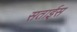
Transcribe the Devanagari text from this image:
सताईस